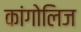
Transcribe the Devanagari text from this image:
कांगोलिज